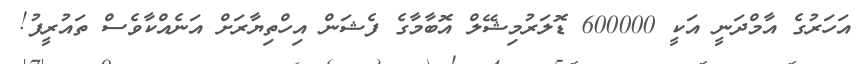
އަހަރުގެ އާމްދަނީ އަކީ 600000 ޑޮލަރުމިޝޭލް އޮބާމާގެ ފެޝަން އިހްތިޔާރަށް އަނެއްކާވެސް ތައުރީފު!